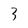
Character: 3